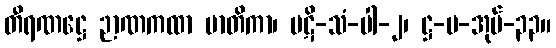
တီရဏဋ္ဌေ ဉာဏကထာ မာတိကာ၊ ပဋိ-သံ-ပါ-၂၊ ဋ္ဌ-ပ-အုပ်-၃၃။